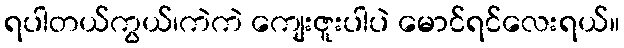
ရပါတယ်ကွယ်၊ကဲကဲ ကျေးဇူးပါပဲ မောင်ရင်လေးရယ်။